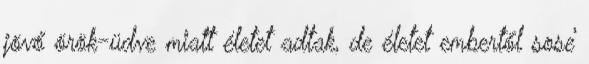
jövő örök-üdve miatt életet adtak, de életet embertől sose’